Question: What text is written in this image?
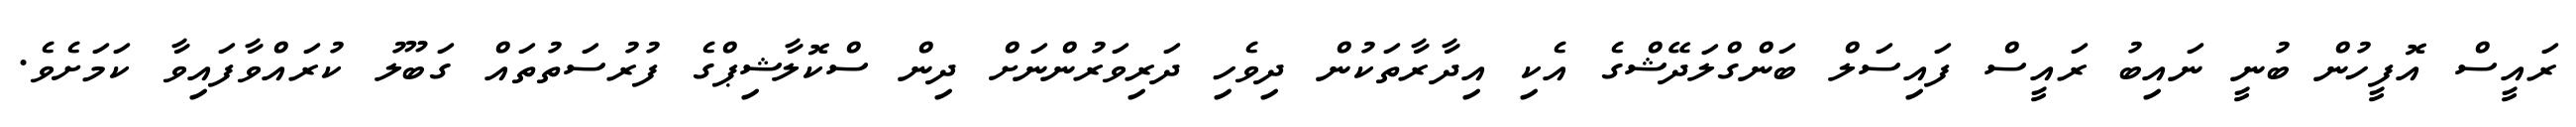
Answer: ރައީސް އޮފީހުން ބުނީ ނައިބު ރައީސް ފައިސަލް ބަންގްލަދޭޝްގެ އެކި އިދާރާތަކުން ދިވެހި ދަރިވަރުންނަށް ދިން ސްކޮލާޝިޕްގެ ފުރުސަތުތައް ގަބޫލު ކުރައްވާފައިވާ ކަމަށެވެ.